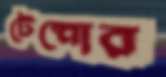
টেল্লোর